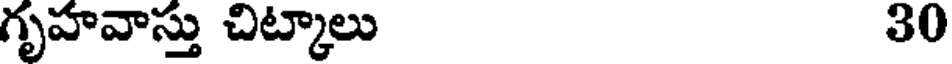
గృహవాస్తు చిట్కాలు 30